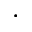
.